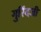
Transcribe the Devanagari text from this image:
गुरिंदजी